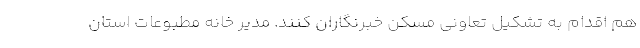
هم اقدام به تشکیل تعاونی مسکن خبرنگاران کنند. مدیر خانه مطبوعات استان